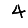
Digit: 4